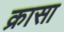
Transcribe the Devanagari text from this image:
क्रासा